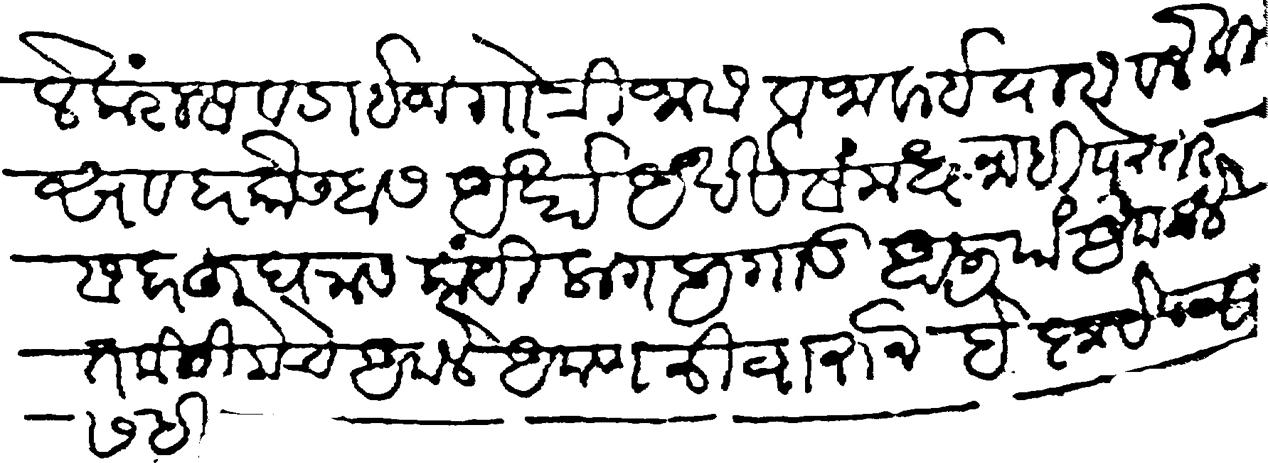
Transliteration (Devanagari): सदरहु घरास आम्हा उभयेतास लेकरांचे लेकरांस व डाईज गात्री जावे व जावई यास व लेकी सावकार कोण्हास अर्था अर्थी संमध नाही पेस्तर सदरहु घरास काही लागलिगाड आलीया आपलाले तकसीमेचे आपले आपण नीवाराने हे कृपेपत्र सही